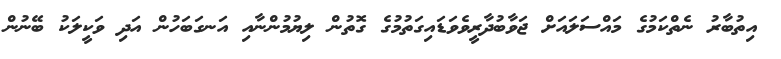
އިތުބާރު ނެތްކަމުގެ މައްސަލައަށް ޖަވާބުދާރީވެވަޑައިގަތުމުގެ ގޮތުން ލިޔުމުންނާއި އަނގަބަހުން އަދި ވަކީލަކު ބޭނުން